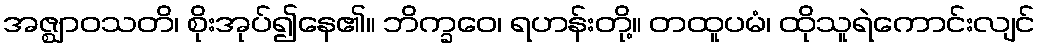
အဇ္ဈာဝသတိ၊ စိုးအုပ်၍နေ၏။ ဘိက္ခဝေ၊ ရဟန်းတို့။ တထူပမံ၊ ထိုသူရဲကောင်းလျင်